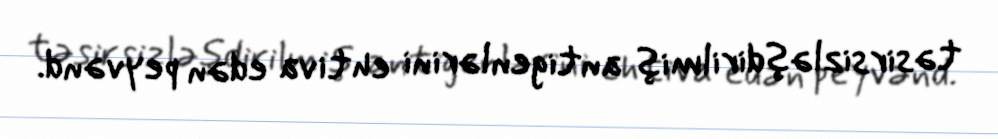
təsirsizləşdirilmiş antigenlərini ehtiva edən peyvənd.